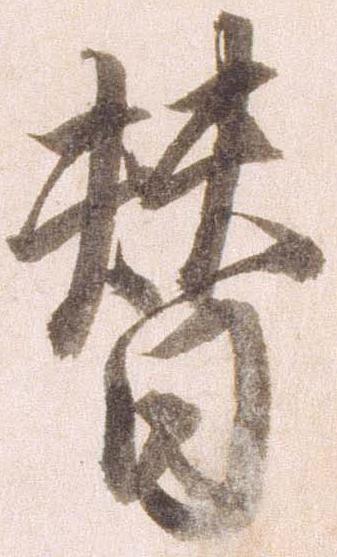
替